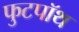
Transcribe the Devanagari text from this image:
फुटपॉथ